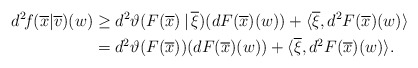
\begin{align*} d^2\!f(\overline{x}|\overline{v})(w) &\ge d^2\vartheta(F(\overline{x})\,|\,\overline{\xi})(dF(\overline{x})(w)) +\langle \overline{\xi},d^2 F(\overline{x})(w)\rangle\\ & = d^2 \vartheta(F(\overline{x}))(dF(\overline{x})(w)) +\langle \overline{\xi},d^2 F(\overline{x})(w)\rangle. \end{align*}